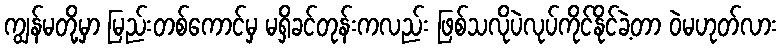
ကျွန်မတို့မှာ မြည်းတစ်ကောင်မှ မရှိခင်တုန်းကလည်း ဖြစ်သလိုပဲလုပ်ကိုင်နိုင်ခဲ့တာ ဝဲမဟုတ်လား